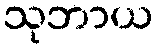
သုဘာယ